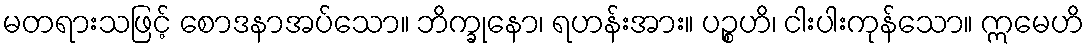
မတရားသဖြင့် စောဒနာအပ်သော။ ဘိက္ခုနော၊ ရဟန်းအား။ ပဉ္စဟိ၊ ငါးပါးကုန်သော။ ဣမေဟိ